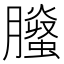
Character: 𦢅